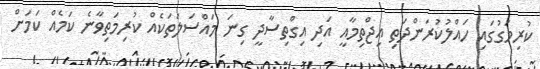
ކުރިމަގުގައި ހައްލުކުރަންދަތި އިޖްތިމާއީ އަދި އިގްތިސާދީ ގިނަ މައްސަލަތަކެއް ކުރިމަތިވާނެ ކަމެއް ކަމަށް